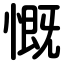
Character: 慨